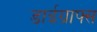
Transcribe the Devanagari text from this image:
डाईग्राफ्स